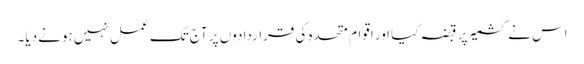
اس نے کشمیر پر قبضہ کیا اور اقوام متحدہ کی قراردادوں پر آج تک عمل نہیں ہونے دیا۔